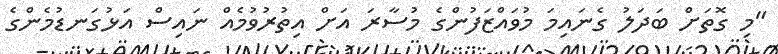
"މި ގޮތަށް ބަދަލު ގެނައިމަ މުވައްޒަފުންގެ މުސާރަ އަށް އިތުރުވުމެއް ނައިސް އަޅުގަނޑުމެންގެ